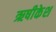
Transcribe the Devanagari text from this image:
ऋषीकेश